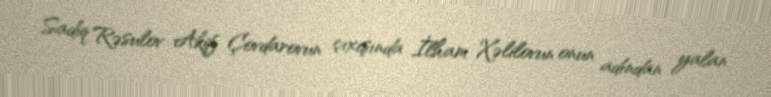
Sadiq Rəsulov Akif Çovdarovun çıxışında İlham Xəlilovun onun adından yalan